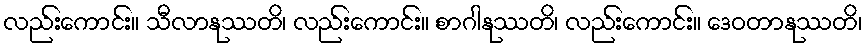
လည်းကောင်း။ သီလာနုဿတိ၊ လည်းကောင်း။ စာဂါနုဿတိ၊ လည်းကောင်း။ ဒေဝတာနုဿတိ၊